King Institute of Preventive Medicine Micro-Biological Section reports 1909-11
Year: 1909
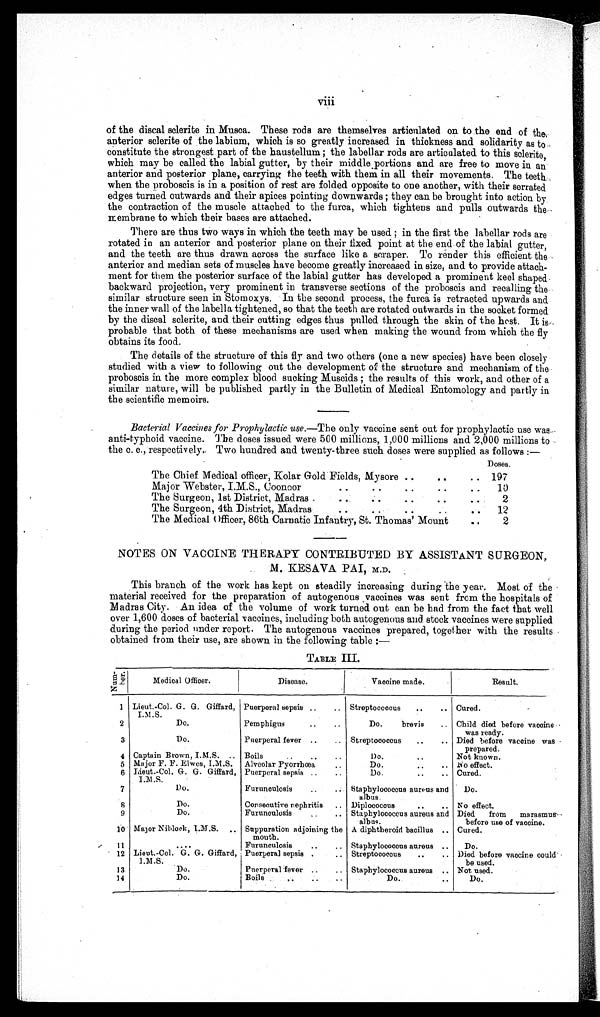
Viii
of the distal sderite in Musca. These rods are themselves articulated on to the end of the
anterior sclerite of the labium, which is so greatly increased in thickness and solidarity as to
constitute the strongest part of the haustellum ; the labellar rods are articulated to this sclerite,
which may be called the labial gutter, by their middle portions and are free to move in an
anterior and posterior plane, carrying the teeth with them in all their movements. The teeth
when the proboscis is in a position of rest are folded opposite to one another, with their serrated
edges turned outwards and their apices pointing downwards ; they can be brought into action by
the contraction of the muscle attached to the furca, which tightens and pulls outwards the
membrane to which their bases are attached.
There are thus two ways in which the teeth may be used ; in the first the labellar rods are
rotated in an anterior and posterior plane on their fixed point at the end of the labial gutter,
and the teeth are thus drawn across the surface like a scraper. To render this efficient the
anterior and median sets of muscles have become greatly increased in size, and to provide attach
- m e n t f o r t h e m t h e p o s t e r i o r s u r f a c e o f t h e l a b i a l g u t t e r h a s d e v e l o p e d a p r o m i n e n t k e e l s h a p e d
backward projection, very prominent in transverse sections of the proboscis and recalling the
similar structure seen in Stomoxys. In the second process, the furca is retracted upwards and
the inner wall of the labella tightened, so that the teeth are rotated outwards in the socket formed
by t he di s c a l s c l e r i t e , a nd t he i r c ut t i ng e dge s t hus pul l e d t hr ough t he s ki n of t he hos t . I t i s
probable that both of these mechanisms are used when making the wound from which the By
obtains its food.
The details of the structure of this fly and two others (one a new species) have been closely
studied with a view to following out the development of the structure and mechanism of the
proboscis in the more complex blood sucking Muscids ; the results of this work, and other of a
similar nature, will be published partly in the Bulletin of Medical Entomology and partly in
the scientific memoirs.
Bacterial Vaccines for Prophylactic use. —The only vaccine sent out for prophylactic use was
anti-typhoid vaccine. The doses issued were 500 millions, 1,000 millions and 2,000 millions to
the c. c., respectively. Two hundred and twenty-three such doses were supplied as follows :—
Doses.
The Chief Medical officer, Kolar Gold Fields, Mysore
197
Major Webster, I.M.S., Coonoor
10
The Surgeon, 1st District, Madras
2
The Surgeon, 4th District, Madras
12
The Medical Officer, 86th Carnatic Infantry, St. Thomas' Mount
2
NOTES ON VACCINE THERAPY CONTRIBUTED BY ASSISTANT SURGEON,
M. KESAVA PAI, M.D.
This branch of the work has kept on steadily increasing during The year. Most of the
material received for the preparation of autogenous vaccines was sent from the hospitals of
Madras City. An idea of the volume of work turned out can be had from the fact that well
over 1,600 doses of bacterial vaccines, including both autogenous and stock vaccines were supplied
during the period under report. The autogenous vaccines prepared, together with the results
obtained from their use, are shown in the following table :—
TABLE III.
Number .
Medical Officer.
Disease.
Vaccine made.
Result.
1 Lieut.-Col. G.
G. Giffard, I.M.S.
Puerperal sepsis
Streptococcus
Cured.
2
Do.
Pemphigus
Do. brevis
Child died before vaccine
was ready.
3
Do.
Puerperal fever
Streptococcus
Died before vaccine was
prepared.
4 Captain Brown, I.M.S Boils
Do.
Not known.
5 Major F. F. Elwes, I.M.S.
Alveolar Pyorrbœa
Do.
No effect.
6 Lieut.-Col. G.G. Giffard,
I.M.S.
Puerperal sepsis
Do.
Cured.
7
Do.
Furunoulosis
Staphylococcus aureus and
albus .
Do.
8
Do.
Consecutive nephritis
Diplococcus
No effect.
9
Do.
Furunculosis
Staphylococcus aureus and
albus.
Died from marasmu
s before use of vaccine.
10 Major Niblock, I.M.S. Suppuration adjoining the
mouth.
A diphtheroid bacillus
Cured.
11
Furunculosis
Staphylococcus aureus
Do.
12 Lieut.-Col. G. G. Gifford,
I.M.S.
Puerperal sepsis
Streptococcus. Died before vaccine could
be used.
13
D o .
Puerperal fever Staphylococcus aureus
Not used.
14
Do.
Boils
Do.
Do.